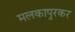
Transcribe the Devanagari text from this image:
मलकापुरकर